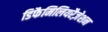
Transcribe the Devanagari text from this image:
डिफैमिलियरैज़ेशन